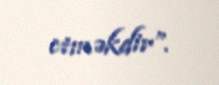
etməkdir”.